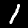
Digit: 1